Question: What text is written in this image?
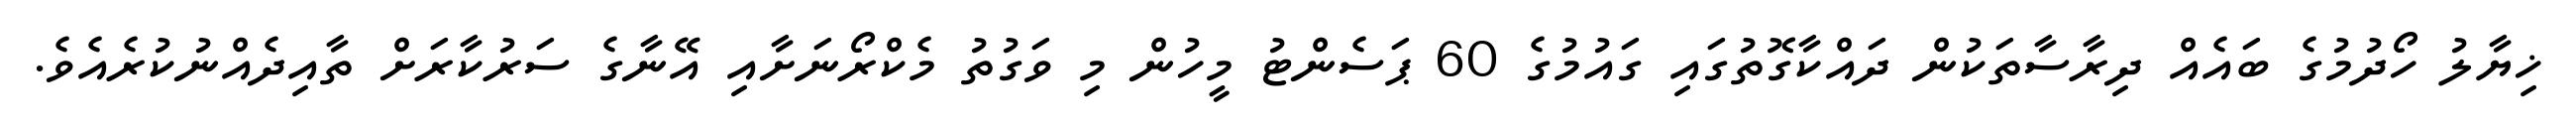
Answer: ޚިޔާލު ހޯދުމުގެ ބައެއް ދިރާސާތަކުން ދައްކާގޮތުގައި ގައުމުގެ 60 ޕަސެންޓު މީހުން މި ވަގުތު މެކްރޯނަށާއި އޭނާގެ ސަރުކާރަށް ތާއިދެއްނުކުރެއެވެ.